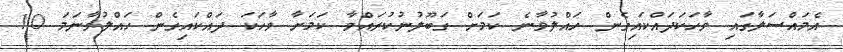
އެމައްސަލާގައި ވާހަކަދައްކައިގެން ހައްލުވާނެ ކަމަށް ގަބޫލުނުކުރައްވާ ކަމަށާ ވާހަކަ ދައްކައިގެން ހައްލުވާނަމަ 10